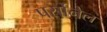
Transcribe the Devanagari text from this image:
पर्सोनेल